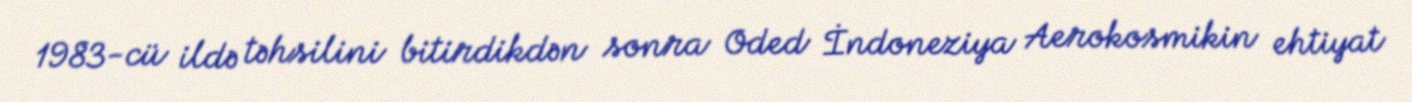
1983-cü ildə təhsilini bitirdikdən sonra Oded İndoneziya Aerokosmikin ehtiyat